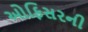
ઓફિસરની